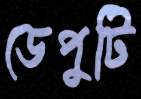
ডেপুটি